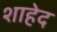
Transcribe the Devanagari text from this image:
शाहेद